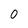
Character: 0